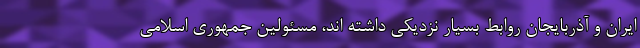
ایران و آذربایجان روابط بسیار نزدیکی داشته اند، مسئولین جمهوری اسلامی